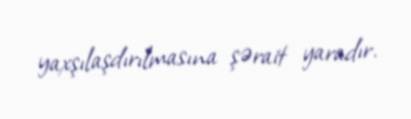
yaxşılaşdırılmasına şərait yaradır.